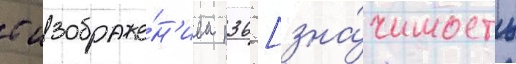
с изображе́н'ием п36 [зна́чимость